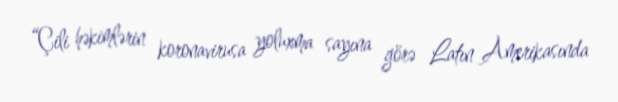
“Çili həkimlərin koronavirusa yoluxma sayına görə Latın Amerikasında